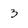
Character: 3